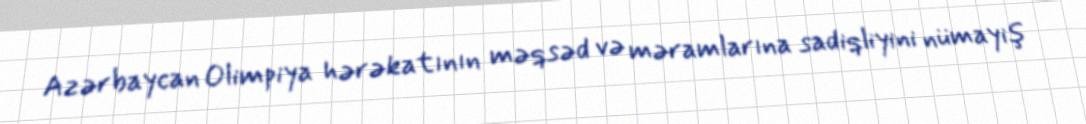
Azərbaycan Olimpiya hərəkatının məqsəd və məramlarına sadiqliyini nümayiş